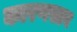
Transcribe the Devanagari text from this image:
कारणस्तव